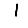
Digit: 1